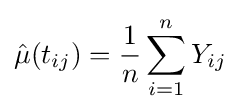
{\hat {\mu }}(t_{ij})={\frac {1}{n}}\sum _{i=1}^{n}Y_{ij}